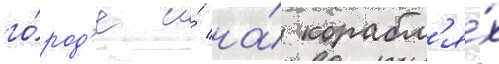
го́род'е и́ на́ корабл'я́х